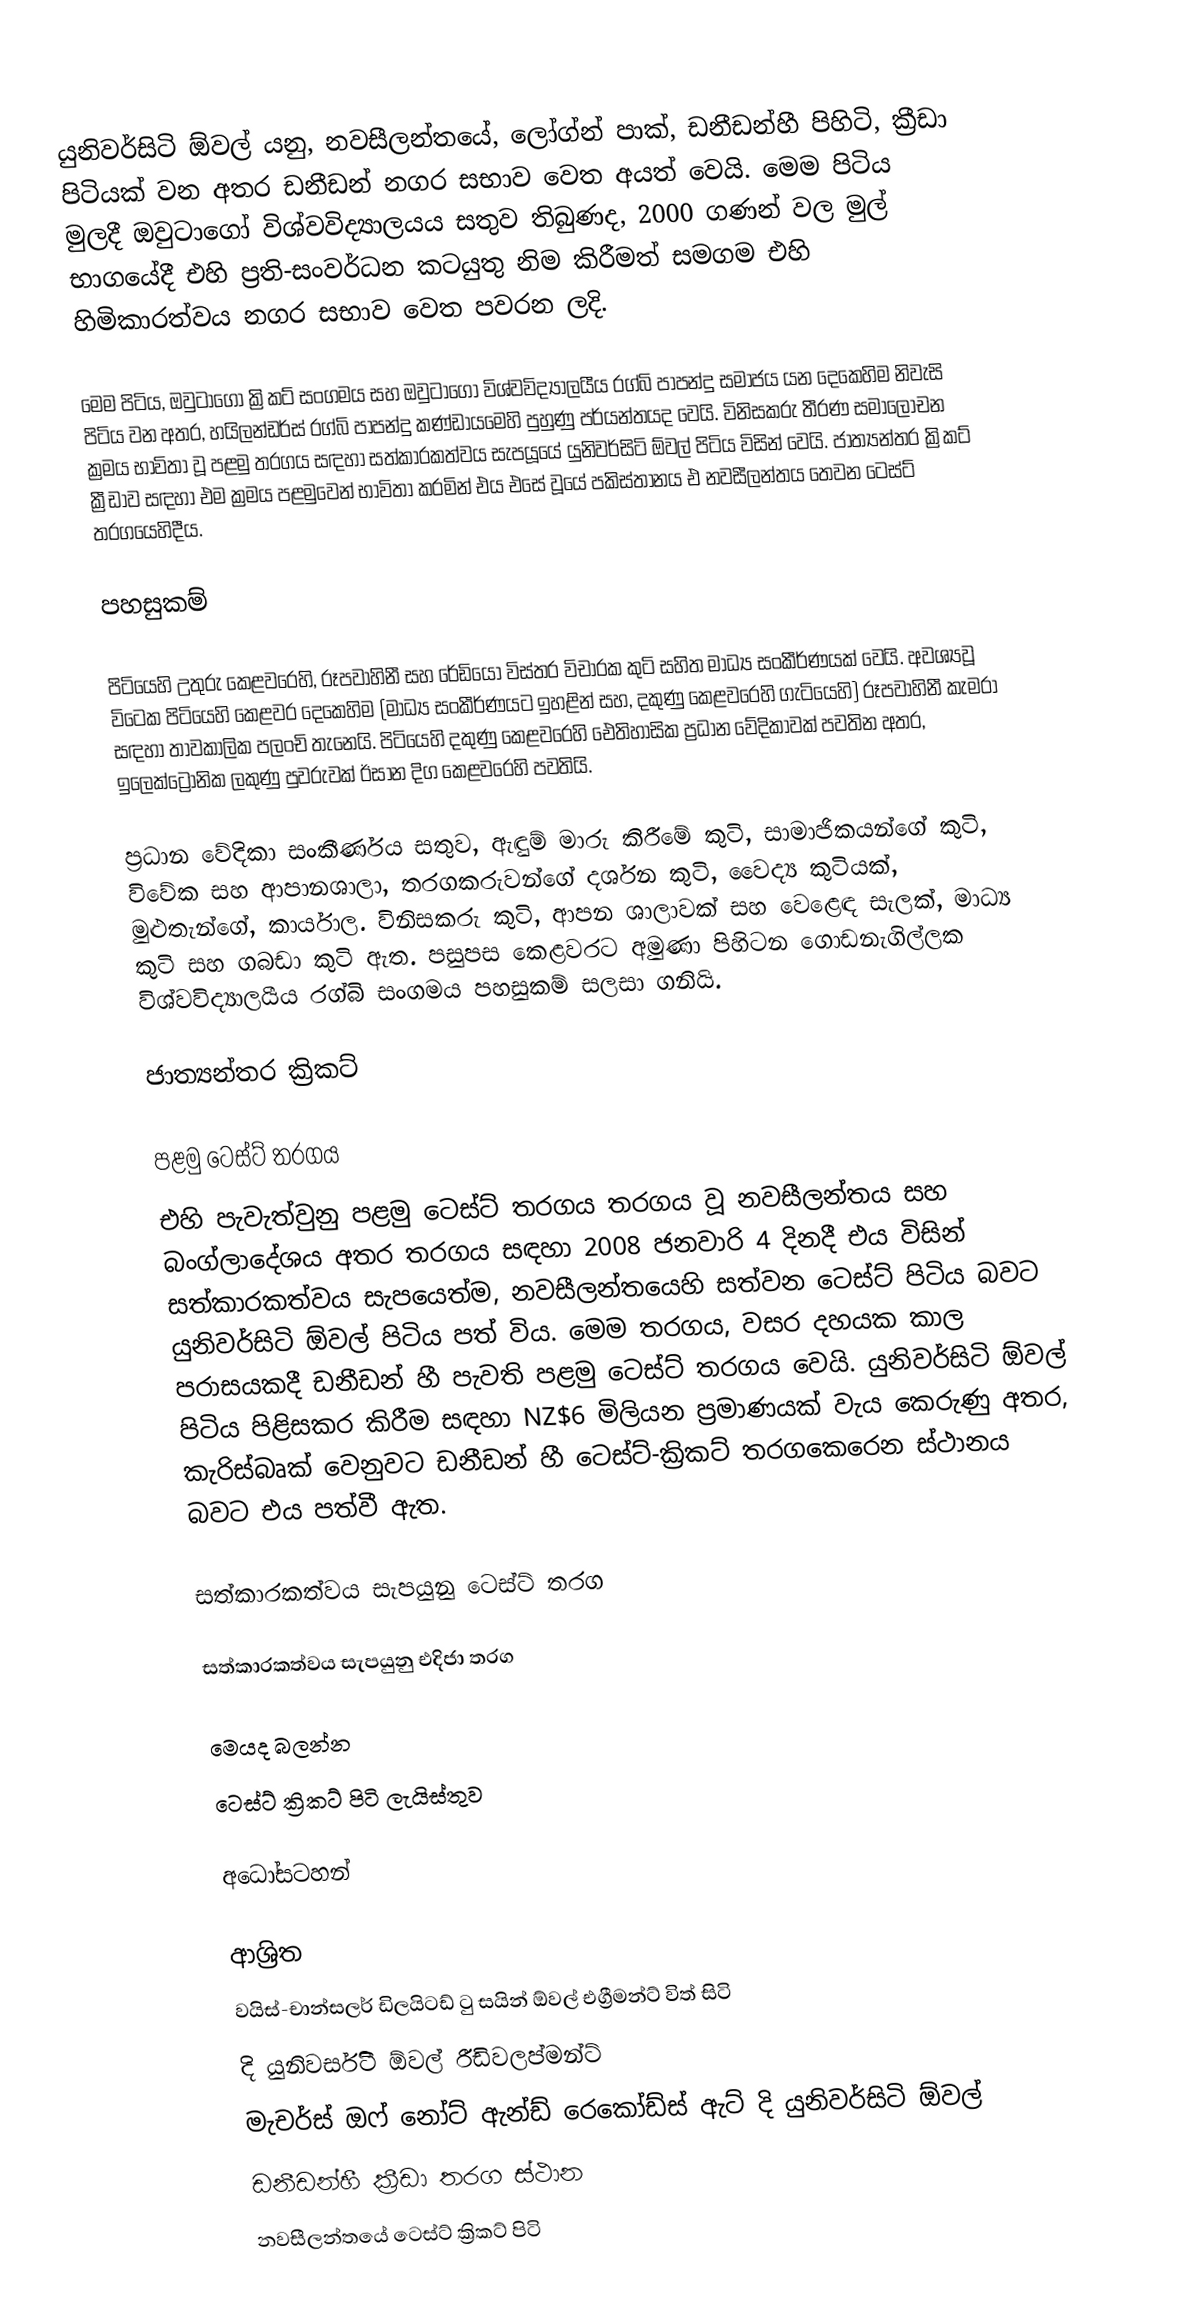
යුනිවර්සිටි ඕවල් යනු,  නවසීලන්තයේ, ලෝග්න් පාක්, ඩනීඩන්හී පිහිටි, ක්‍රීඩා පිටියක් වන අතර ඩනීඩන් නගර සභාව වෙත අයත් වෙයි. මෙම පිටිය මුලදී  ඔවුටාගෝ විශ්වවිද්‍යාලයය සතුව තිබුණද, 2000 ගණන් වල මුල් භාගයේදී එහි ප්‍රති-සංවර්ධන කටයුතු නිම කිරීමත් සමගම එහි හිමිකාරත්වය නගර සභාව වෙත පවරන ලදි.

මෙම පිටිය, ඔවුටාගෝ ක්‍රිකට් සංගමය සහ ඔවුටාගෝ විශ්වවිද්‍යාලයීය රග්බි පාපන්දු සමාජය යන දෙකෙහිම නිවැසි පිටිය වන අතර,  හයිලන්ඩර්ස් රග්බි පාපන්දු කණ්ඩායමෙහි පුහුණු පර්යන්තයද වෙයි. විනිසකරු තීරණ සමාලෝචන ක්‍රමය භාවිතා වූ පළමු තරගය සඳහා සත්කාරකත්වය සැපයූයේ යුනිවර්සිටි ඕවල් පිටිය විසින් වෙයි. ජාත්‍යන්තර ක්‍රිකට් ක්‍රීඩාව සඳහා එම ක්‍රමය පළමුවෙන් භාවිතා කරමින් එය එසේ වූයේ  පකිස්තානය එ නවසීලන්තය තෙවන ටෙස්ට් තරගයෙහිදීය.

පහසුකම්

පිටියෙහි උතුරු කෙළවරෙහි, රූපවාහිනී සහ රේඩියෝ විස්තර විචාරක කුටි සහිත මාධ්‍ය සංකීර්ණයක් වෙයි. අවශ්‍යවූ විටෙක පිටියෙහි කෙළවර දෙකෙහිම (මාධ්‍ය සංකීර්ණයට ඉහළින් සහ, දකුණු කෙළවරෙහි ගැටියෙහි) රූපවාහිනී කැමරා සඳහා තාවකාලික පලංචි තැනෙයි. පිටියෙහි දකුණු කෙළවරෙහි ඓතිහාසික ප්‍රධාන වේදිකාවක් පවතින අතර, ඉලෙක්ට්‍රොනික ලකුණු පුවරුවක් ඊසාන දිග කෙළවරෙහි පවතියි.

ප්‍රධාන වේදිකා සංකීර්ණය සතුව, ඇඳුම් මාරු කිරීමේ කුටි, සාමාජිකයන්ගේ කුටි,  විවේක සහ ආපානශාලා, තරගකරුවන්ගේ දර්ශන කුටි, වෛද්‍ය කුටියක්, මුළුතැන්ගේ, කාර්යාල. විනිසකරු කුටි,  ආපන ශාලාවක් සහ වෙළෙඳ සැලක්, මාධ්‍ය කුටි සහ ගබඩා කුටි ඇත. පසුපස කෙළවරට අමුණා පිහිටන ගොඩනැගිල්ලක විශ්වවිද්‍යාලයීය රග්බි සංගමය පහසුකම් සලසා ගනියි.

ජාත්‍යන්තර ක්‍රිකට්

පළමු ටෙස්ට් තරගය
එහි පැවැත්වුනු පළමු ටෙස්ට් තරගය තරගය වූ නවසීලන්තය සහ බංග්ලාදේශය අතර තරගය සඳහා 2008 ජනවාරි 4 දිනදී එය විසින් සත්කාරකත්වය සැපයෙත්ම, නවසීලන්තයෙහි සත්වන ටෙස්ට් පිටිය බවට යුනිවර්සිටි ඕවල් පිටිය පත් විය. මෙම තරගය, වසර දහයක කාල පරාසයකදී ඩනීඩන් හී පැවති පළමු ටෙස්ට් තරගය වෙයි. යුනිවර්සිටි ඕවල් පිටිය පිළිසකර කිරීම සඳහා NZ$6 මිලියන ප්‍රමාණයක් වැය කෙරුණු අතර,  කැරිස්බෘක් වෙනුවට ඩනීඩන් හී ටෙස්ට්-ක්‍රිකට් තරගකෙරෙන ස්ථානය  බවට එය පත්වී ඇත.

සත්කාරකත්වය සැපයුනු ටෙස්ට් තරග

සත්කාරකත්වය සැපයුනු එදිජා තරග

මෙයද බලන්න
ටෙස්ට් ක්‍රිකට් පිටි ලැයිස්තුව

අධෝසටහන්

ආශ්‍රිත
වයිස්-චාන්සලර් ඩිලයිටඩ් ටු සයින් ඕවල් එග්‍රීමන්ට් විත් සිටි
දි යුනිවර්සිටි ඕවල් රීඩිවලප්මන්ට්
මැචර්ස් ඔෆ් නෝට් ඇන්ඩ් රෙකෝඩ්ස් ඇට් දි යුනිවර්සිටි ඕවල්
ඩනීඩන්හී ක්‍රීඩා තරග ස්ථාන
නවසීලන්තයේ ටෙස්ට් ක්‍රිකට් පිටි